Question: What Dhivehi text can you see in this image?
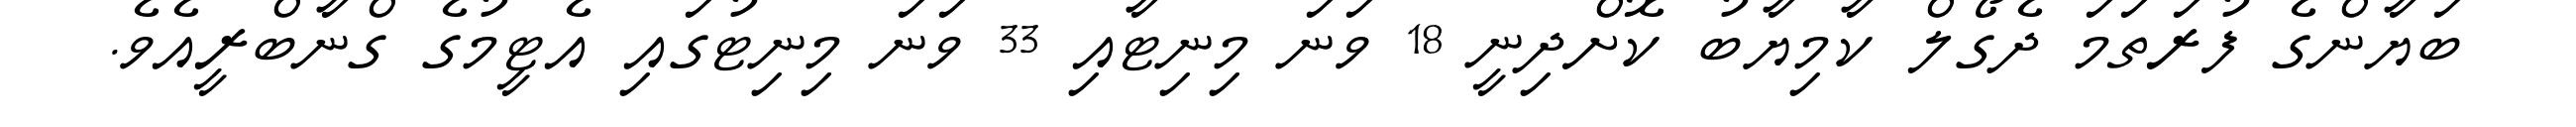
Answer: ބަޔާންގެ ފުރަތަމަ ދެގޯލް ކާމިޔާބު ކޮށްދިނީ 18 ވަނަ މިނިޓާއި 33 ވަނަ މިނިޓުގައި އެޓީމުގެ ގްނާބްރީއެވެ.